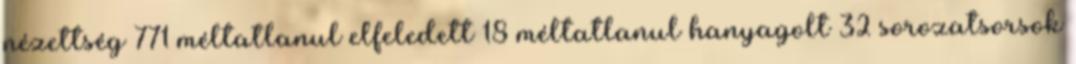
nézettség 771 méltatlanul elfeledett 18 méltatlanul hanyagolt 32 sorozatsorsok